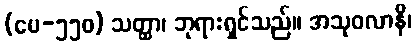
(ပေ-၅၅၀) သတ္ထာ၊ ဘုရားရှင်သည်။ အသုဝလာနိ၊